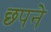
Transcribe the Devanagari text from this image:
छ्पने